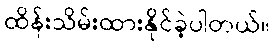
ထိန်းသိမ်းထားနိုင်ခဲ့ပါတယ်။